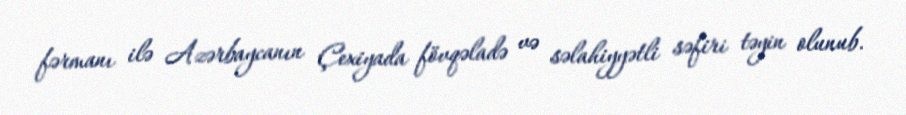
fərmanı ilə Azərbaycanın Çexiyada fövqəladə və səlahiyyətli səfiri təyin olunub.